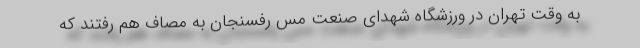
به وقت تهران در ورزشگاه شهدای صنعت مس رفسنجان به مصاف هم رفتند که